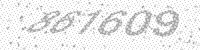
Solution: 861609